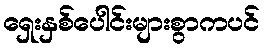
ရှေးနှစ်ပေါင်းများစွာကပင်